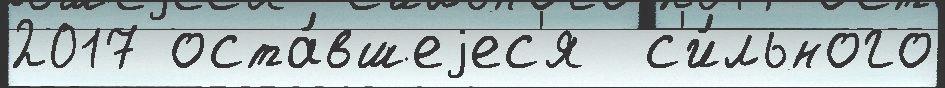
2017 оста́вшеjес'я  с'и́льного